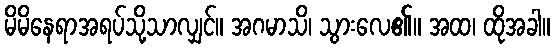
မိမိနေရာအရပ်သို့သာလျှင်။ အဂမာသိ၊ သွားလေ၏။ အထ၊ ထိုအခါ။